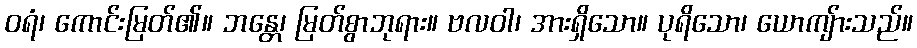
ဝရံ၊ ကောင်းမြတ်၏။ ဘန္တေ၊ မြတ်စွာဘုရား။ ဗလဝါ၊ အားရှိသော။ ပုရိသော၊ ယောကျ်ားသည်။